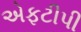
એફટીપી